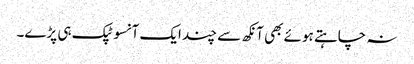
نہ چاہتے ہوئے بھی آنکھ سے چند ایک آنسو ٹپک ہی پڑے۔